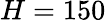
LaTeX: H=150